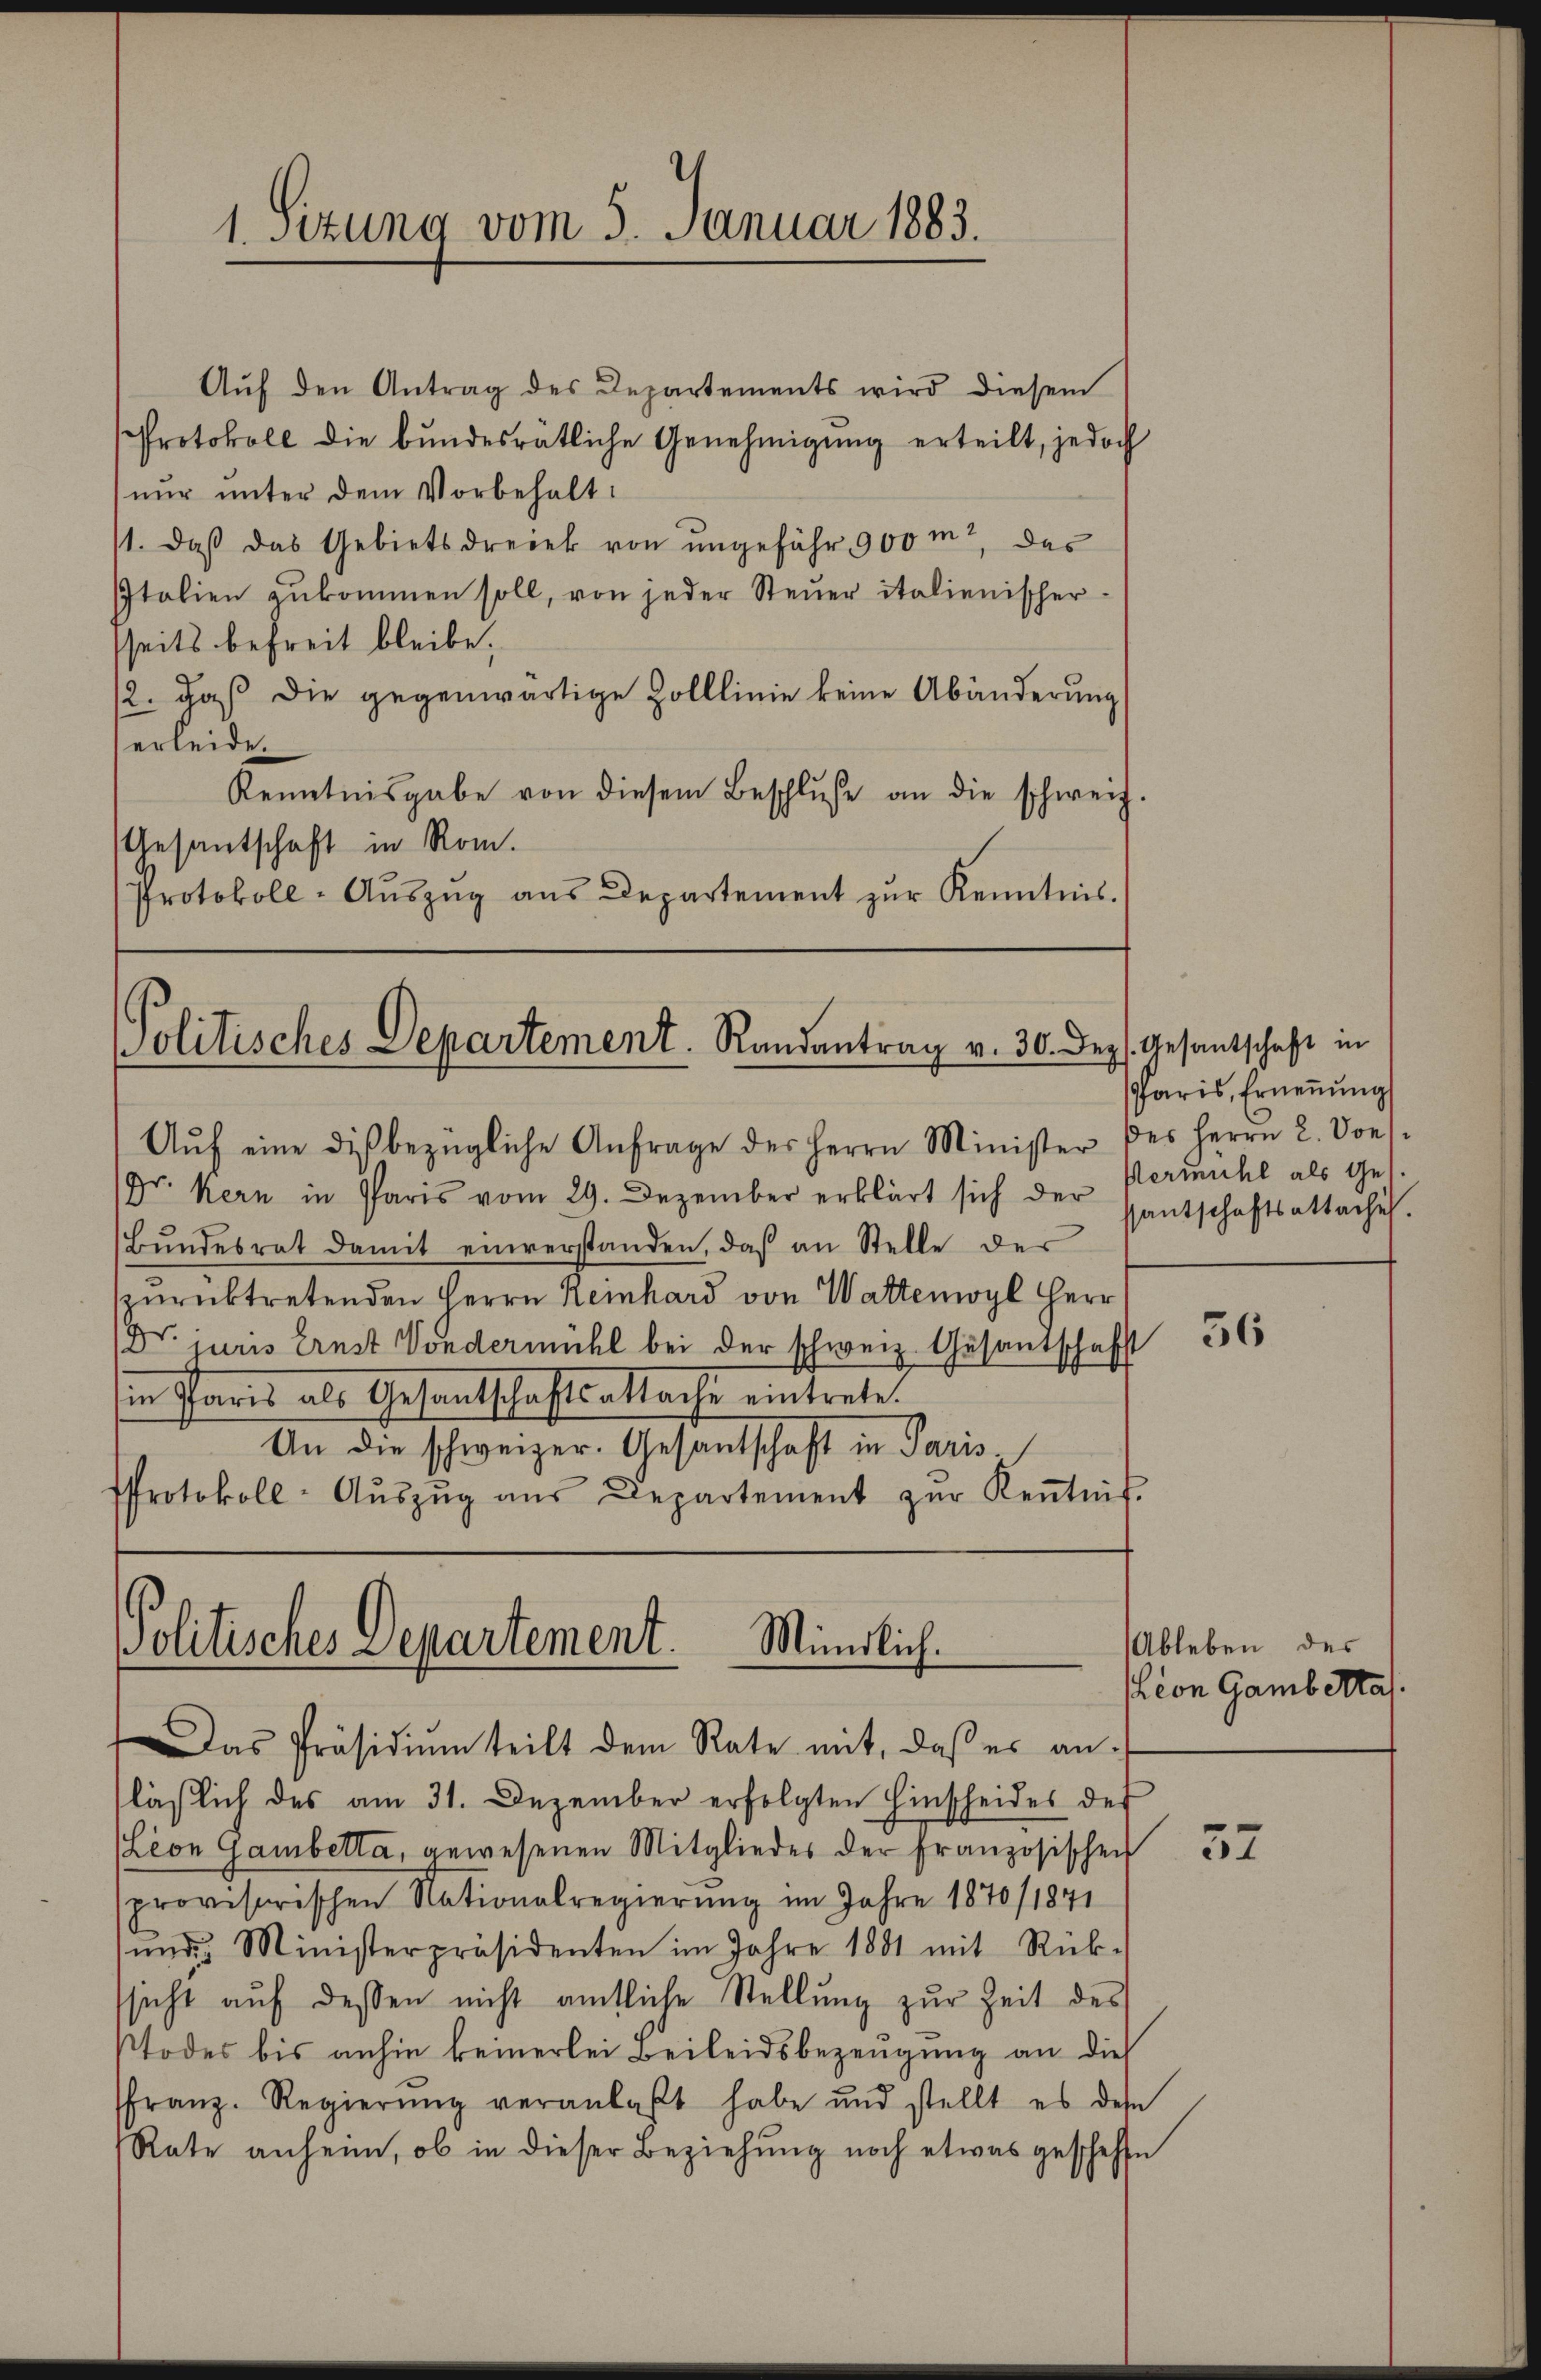
1. Setzung vom 5. Januar 1883.

Aŭf den Antrag des Departements wird diesem
Protokoll die bundesrätliche Genehmigung erteilt, jedoch
nur unter dem Vorbehalt
11. daβ das Gebiets dreiek von ungefähr 900 m 2. das
Italien zukommen soll, von jeder Steuer italienischer
seits befreit bleibe.
12. daß die gegenwärtige Zolllinie keine Abänderung
erleide.
Kenntnisgabe von diesem Beschlŭse an die schweiz.
Gesantschaft in Rom.
Protokoll-Aŭszŭg aŭs Departement zŭr Kenntnis.

Politisches Departement. Randantrag v. 30. Dez. Gesantschaft in

Aŭf eine die bezügliche Anfrage des Herrn Minister des Herrn L. Vors
Dr. Kern in Paris vom 29. Dezember erklärt sich der
Bŭndesrat damit einverstanden, daß an Stelle der
zŭrücktretenden Herrn Reinhard von Wattemoyl Herr
Dr. juris Ernst Vondermühl bei der schweiz. Gesantschafft
in Paris als Gesantschaftsattache eintrete.
An die schweizer. Gesandschaft in Paris.
Protokoll-Aŭszŭg aŭs Departement zŭr Keṅtnis.

Politisches Departement. Mündlich.
Das Präsidiŭm teilt dem Rate mit, daβ es an.

Paris, Ernennung
Hermühl als Ges.
santschaftsattache.

läβlich des am 31. Dezember erfolgten Hinscheides des
(Lion Gambetta, gewesenen Mitgliedes der Französischen 37
provisorischen Nationalregierung im Jahre 1870/1871
ŭnd Ministerpräsidenten im Jahre 1881 mit Rück-
ssicht aŭf dessen nicht amtliche Stellŭng zŭr Zeit des
stodes bis anhin keinerlei Beileidsbezeugung an die
franz. Regierŭng veranlaßt habe und stellt es des
Rate anheim, ob in dieser Beziehung noch etwas geschehen

Ableben des
Lion Gambetraf.

36